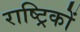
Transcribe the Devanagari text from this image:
राष्ट्रिकों